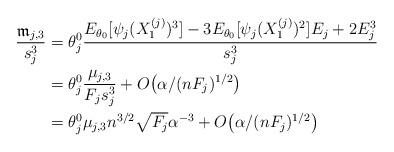
LaTeX: \begin{align*}\frac{\mathfrak{m}_{j,3}}{s_j^3}&=\theta_j^0 \frac{E_{\theta_0}[\psi_j(X_1^{(j)})^3] -3E_{\theta_0}[\psi_j(X_1^{(j)})^2]E_j + 2E_j^3}{s_j^3} \\&=\theta_j^0\frac{\mu_{j,3}}{ F_j s_j^3}+ O\big(\alpha/(nF_j)^{1/2}\big) \\&=\theta_j^0 \mu_{j,3}n^{3/2}\sqrt{F_j}\alpha^{-3}+ O\big(\alpha/(nF_j)^{1/2}\big) \end{align*}